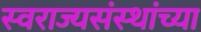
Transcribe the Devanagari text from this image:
स्वराज्यसंस्थांच्या